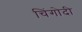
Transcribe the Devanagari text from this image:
चिंगोदी